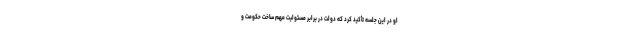
او در این جلسه تأکید کرد که دولت در برابر مسئولیت مهم ساخت حکومت و